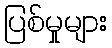
ပြစ်မှုများ